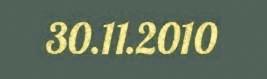
30.11.2010